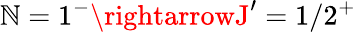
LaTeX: \mathbb{N}=1^{-}\rightarrowJ^{\prime}=1/2^{+}